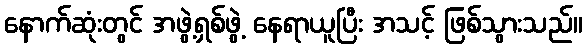
နောက်ဆုံးတွင် အဖွဲ့ရှစ်ဖွဲ့ နေရာယူပြီး အသင့် ဖြစ်သွားသည်။